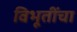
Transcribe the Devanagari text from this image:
विभूतींचा